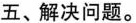
五、解决问题。